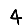
Digit: 4